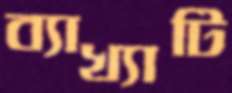
ব্যাখ্যাটি